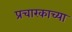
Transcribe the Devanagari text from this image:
प्रचारकाच्या